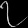
Digit: ၇